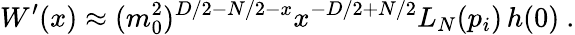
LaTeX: W^{\prime}(x)\approx(m_{0}^{2})^{D/2-N/2-x}x^{-D/2+N/2}L_{N}(p_{i})\, h(0)\ .